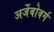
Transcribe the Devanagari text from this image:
अर्जेबोवर्ग